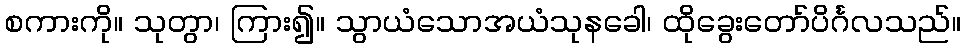
စကားကို။ သုတွာ၊ ကြား၍။ သွာယံသောအယံသုနခေါ၊ ထိုခွေးတော်ပိင်္ဂလသည်။